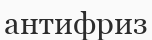
антифриз